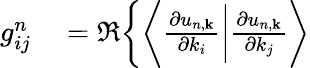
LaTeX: \begin{array}{rl}{g_{ij}^{n}}&{{}=\Re\bigg\{ \bigg\langle\frac{\partial u_{n,\mathbf{k}}}{\partial k_{i}}\bigg|\frac{\partial u_{n,\mathbf{k}}}{\partial k_{j}}\bigg\rangle}\end{array}